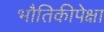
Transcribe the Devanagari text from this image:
भौतिकीपेक्षा